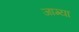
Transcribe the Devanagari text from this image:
जाग्या